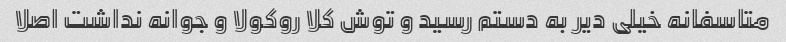
متاسفانه خیلی دیر به دستم رسید و توش کلا روکولا و جوانه نداشت اصلا